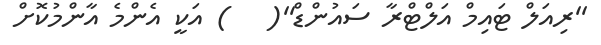
''ރިއަލް ޓައިމް އަލްޓްރާ ސައުންޑް''(   ) އަކީ އެންމެ އާންމުކޮށް